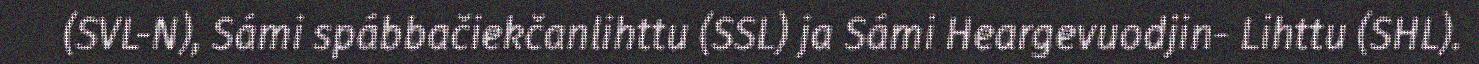
(SVL-N), Sámi spábbačiekčanlihttu (SSL) ja Sámi Heargevuodjin- Lihttu (SHL).